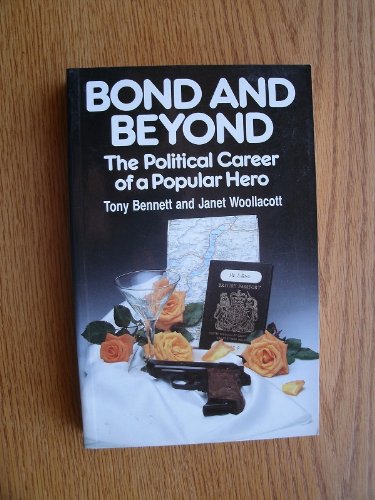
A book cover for (James) Bond and Beyond: The Political Career of a Popular Hero; Tony Bennett; Humor & Entertainment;